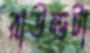
রাউন্ডটা